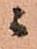
ニ